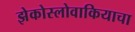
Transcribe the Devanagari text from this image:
झेकोस्लोवाकियाचा